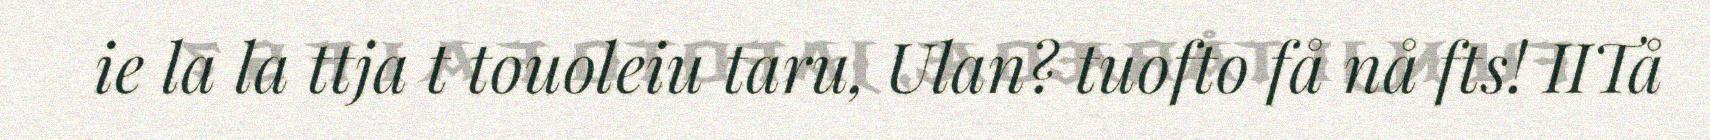
ie la la ttja t touoleiu taru, Ulan? tuofto få nå fts! IITå